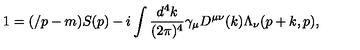
1 = ( \slash p - m ) S ( p ) - i \int \frac { d ^ { 4 } k } { ( 2 \pi ) ^ { 4 } } \gamma _ { \mu } D ^ { \mu \nu } ( k ) \Lambda _ { \nu } ( p + k , p ) ,